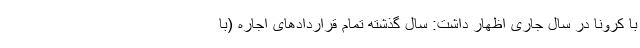
با کرونا در سال جاری اظهار داشت: سال گذشته تمام قراردادهای اجاره (با